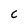
Character: C